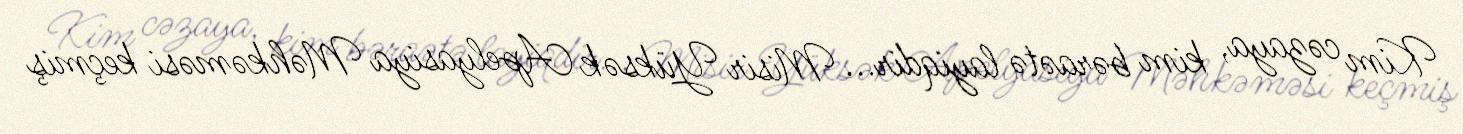
Kim cəzaya, kim bəraətə layiqdir... Misir Yüksək Apelyasiya Məhkəməsi keçmiş